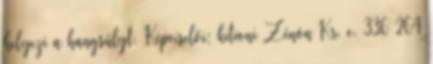
helyezi a hangsúlyt. Képviselői: kitioni Zénón Kr. e. 336–264